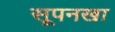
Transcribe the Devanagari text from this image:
सूपनखा